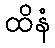
ထိနံ